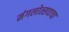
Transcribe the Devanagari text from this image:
मंगलोत्सवाचा